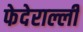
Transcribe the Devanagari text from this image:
फेदेराल्ली